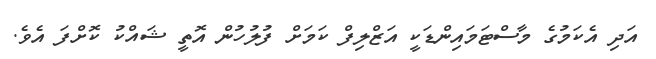
އަދި އެކަމުގެ މާސްޓަމައިންޑަކީ އަޒްލިފް ކަމަށް ފުލުހުން އޮތީ ޝައްކު ކޮށްފަ އެވެ.